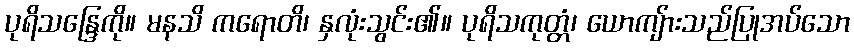
ပုရိသန္ဒြေကို။ မနသိ ကရောတိ၊ နှလုံးသွင်း၏။ ပုရိသကုတ္တံ၊ ယောကျ်ားသည်ပြုအပ်သော